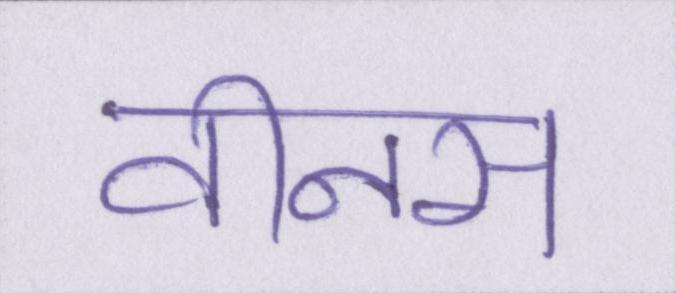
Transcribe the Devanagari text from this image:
वीनस